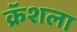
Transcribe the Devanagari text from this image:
क्रॅशला